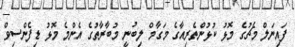
ފައިނަލް މެޗުގެ މޮޅު ކުޅުންތެރިއާގެ މަގާމް ލިބުނީ މުބާރާތުގެ އެންމެ މޮޅު ޑިފެންސިވް